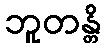
ဘူတန္တိ